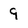
Character: 9